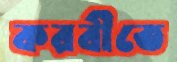
করবীতে